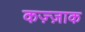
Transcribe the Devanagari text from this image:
कज़्ज़ाक